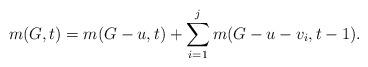
LaTeX: \begin{align*}m(G,t)=m(G-u,t)+\sum_{i=1}^{j}m(G-u-v_i,t-1).\end{align*}